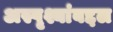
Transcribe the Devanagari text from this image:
अस्पृश्यांबद्दल